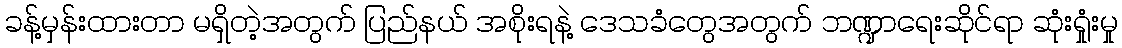
ခန့်မှန်းထားတာ မရှိတဲ့အတွက် ပြည်နယ် အစိုးရနဲ့ ဒေသခံတွေအတွက် ဘဏ္ဍာရေးဆိုင်ရာ ဆုံးရှုံးမှု